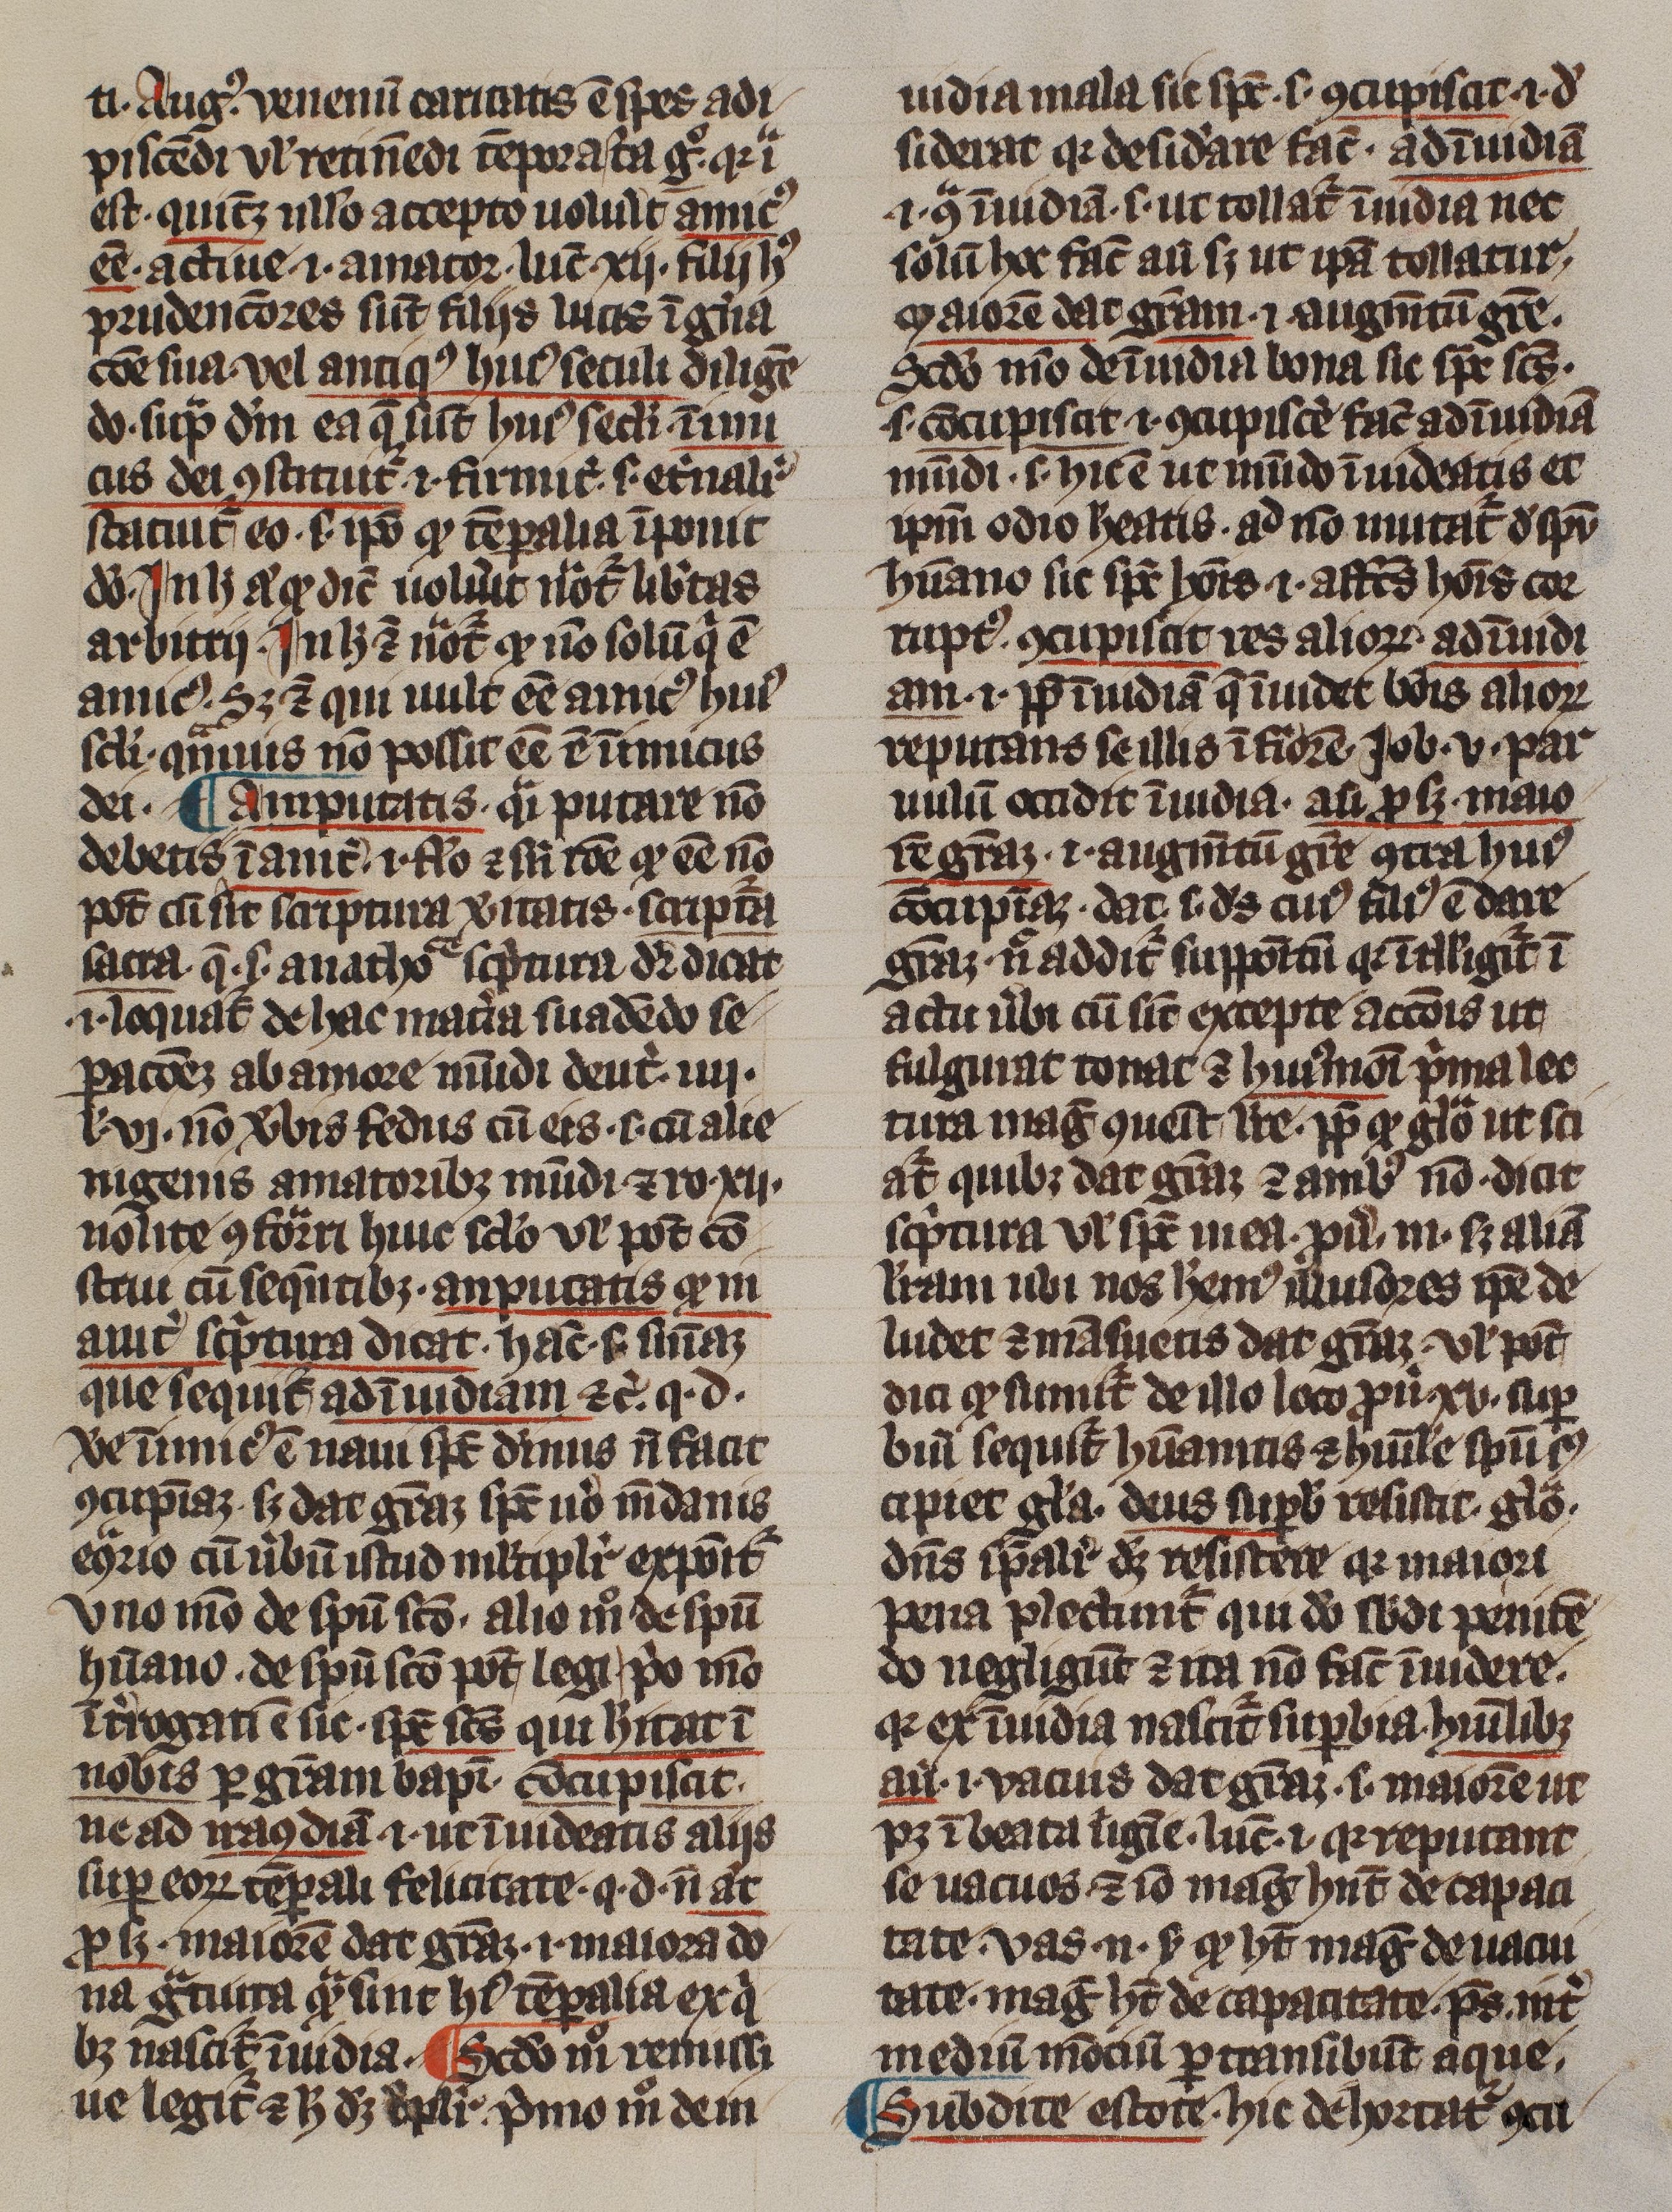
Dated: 1300–1399